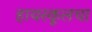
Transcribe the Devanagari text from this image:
हायस्कूलचा